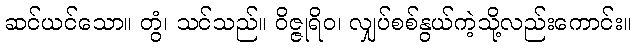
ဆင်ယင်သော။ တွံ၊ သင်သည်။ ဝိဇ္ဇုရိဝ၊ လျှပ်စစ်နွယ်ကဲ့သို့လည်းကောင်း။